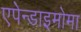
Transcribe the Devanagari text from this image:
एपेन्डाइमोमा